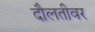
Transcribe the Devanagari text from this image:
दौलतीवर